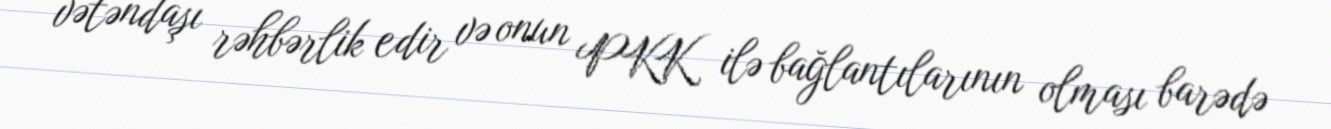
vətəndaşı rəhbərlik edir və onun PKK ilə bağlantılarının olması barədə